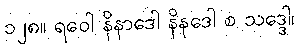
၁၂၈။ ရဝေါ နိနာဒေါ နိနဒေါ စ သဒ္ဒေါ၊